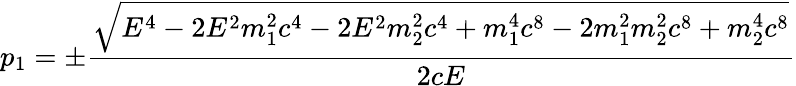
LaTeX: p_{1}=\pm{\frac{\sqrt{E^{4}-2E^{2}m_{1}^{2}c^{4}-2E^{2}m_{2}^{2}c^{4}+m_{1}^{4}c^{8}-2m_{1}^{2}m_{2}^{2}c^{8}+m_{2}^{4}c^{8}}}{2cE}}